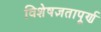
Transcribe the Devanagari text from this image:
विशेषज्ञतापूर्ण